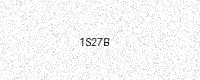
Text: 1S27B